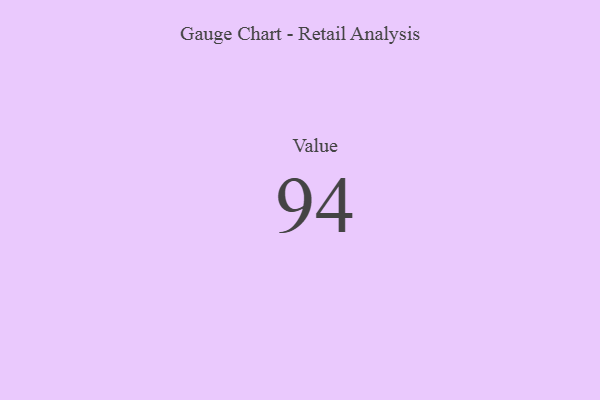
{"axis": {"x": "Metric", "y": "Value"}, "legend": [""], "data": [{"x": "Value", "y": 94, "type": ""}]}